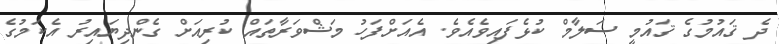
ދެ ޤައުމުގެ ޤައުމީ ސަލާމް ކުޅެފައިވެއެވެ. އެއަށްފަހު މަޝްވަރާތައް ކުރިއަށް ގެންދިޔައިރު އެކަމުގެ